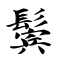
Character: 鬓